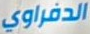
الدفراوي